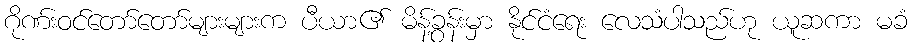
ဂိုဏ်းဝင်တော်တော်များများက ပီယာ၏ မိန့်ခွန်းမှာ နိုင်ငံရေး လေသံပါသည်ဟု ယူဆကာ မခံ